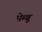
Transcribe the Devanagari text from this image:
पेम्बू